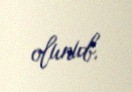
olunub.